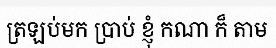
ត្រឡប់មក ប្រាប់ ខ្ញុំ កណា ក៏ តាម